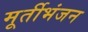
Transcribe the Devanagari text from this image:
मूर्तीभंजन